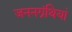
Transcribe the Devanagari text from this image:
जननग्रंथियां